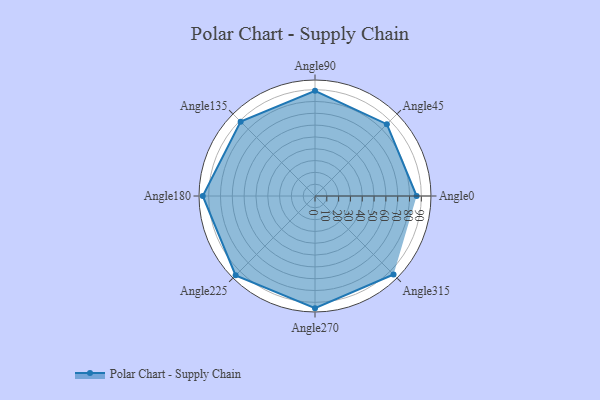
{"axis": {"x": "Angle", "y": "Radius"}, "legend": [""], "data": [{"x": "Angle0", "y": 86.0, "type": ""}, {"x": "Angle45", "y": 86.0, "type": ""}, {"x": "Angle90", "y": 89.0, "type": ""}, {"x": "Angle135", "y": 89.0, "type": ""}, {"x": "Angle180", "y": 95.0, "type": ""}, {"x": "Angle225", "y": 95.0, "type": ""}, {"x": "Angle270", "y": 95.0, "type": ""}, {"x": "Angle315", "y": 94.0, "type": ""}]}